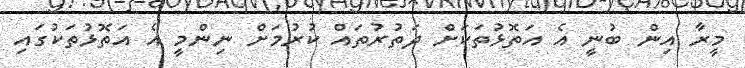
މީރާ އިން ބުނީ އެ އަތޮޅުތަކަށް ދަތުރުތައް ކުރުމަށް ނިންމީ އެ އަތޮޅުތަކުގައި